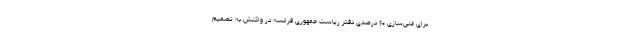
برای غنی‌سازی ۶۰ درصدی دفتر ریاست جمهوری فرانسه در واکنش به تصمیم